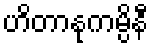
ဟိတာနုကမ္ပိနီ